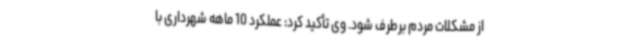
از مشکلات مردم برطرف شود. وی تأکید کرد: عملکرد 10 ماهه شهرداری با